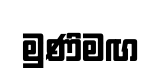
මුණිමඟ